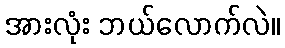
အားလုံး ဘယ်လောက်လဲ။